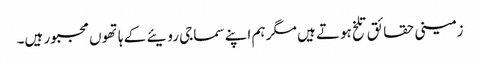
زمینی حقائق تلخ ہوتے ہیں مگر ہم اپنے سماجی رویئے کے ہاتھوں مجبور ہیں۔